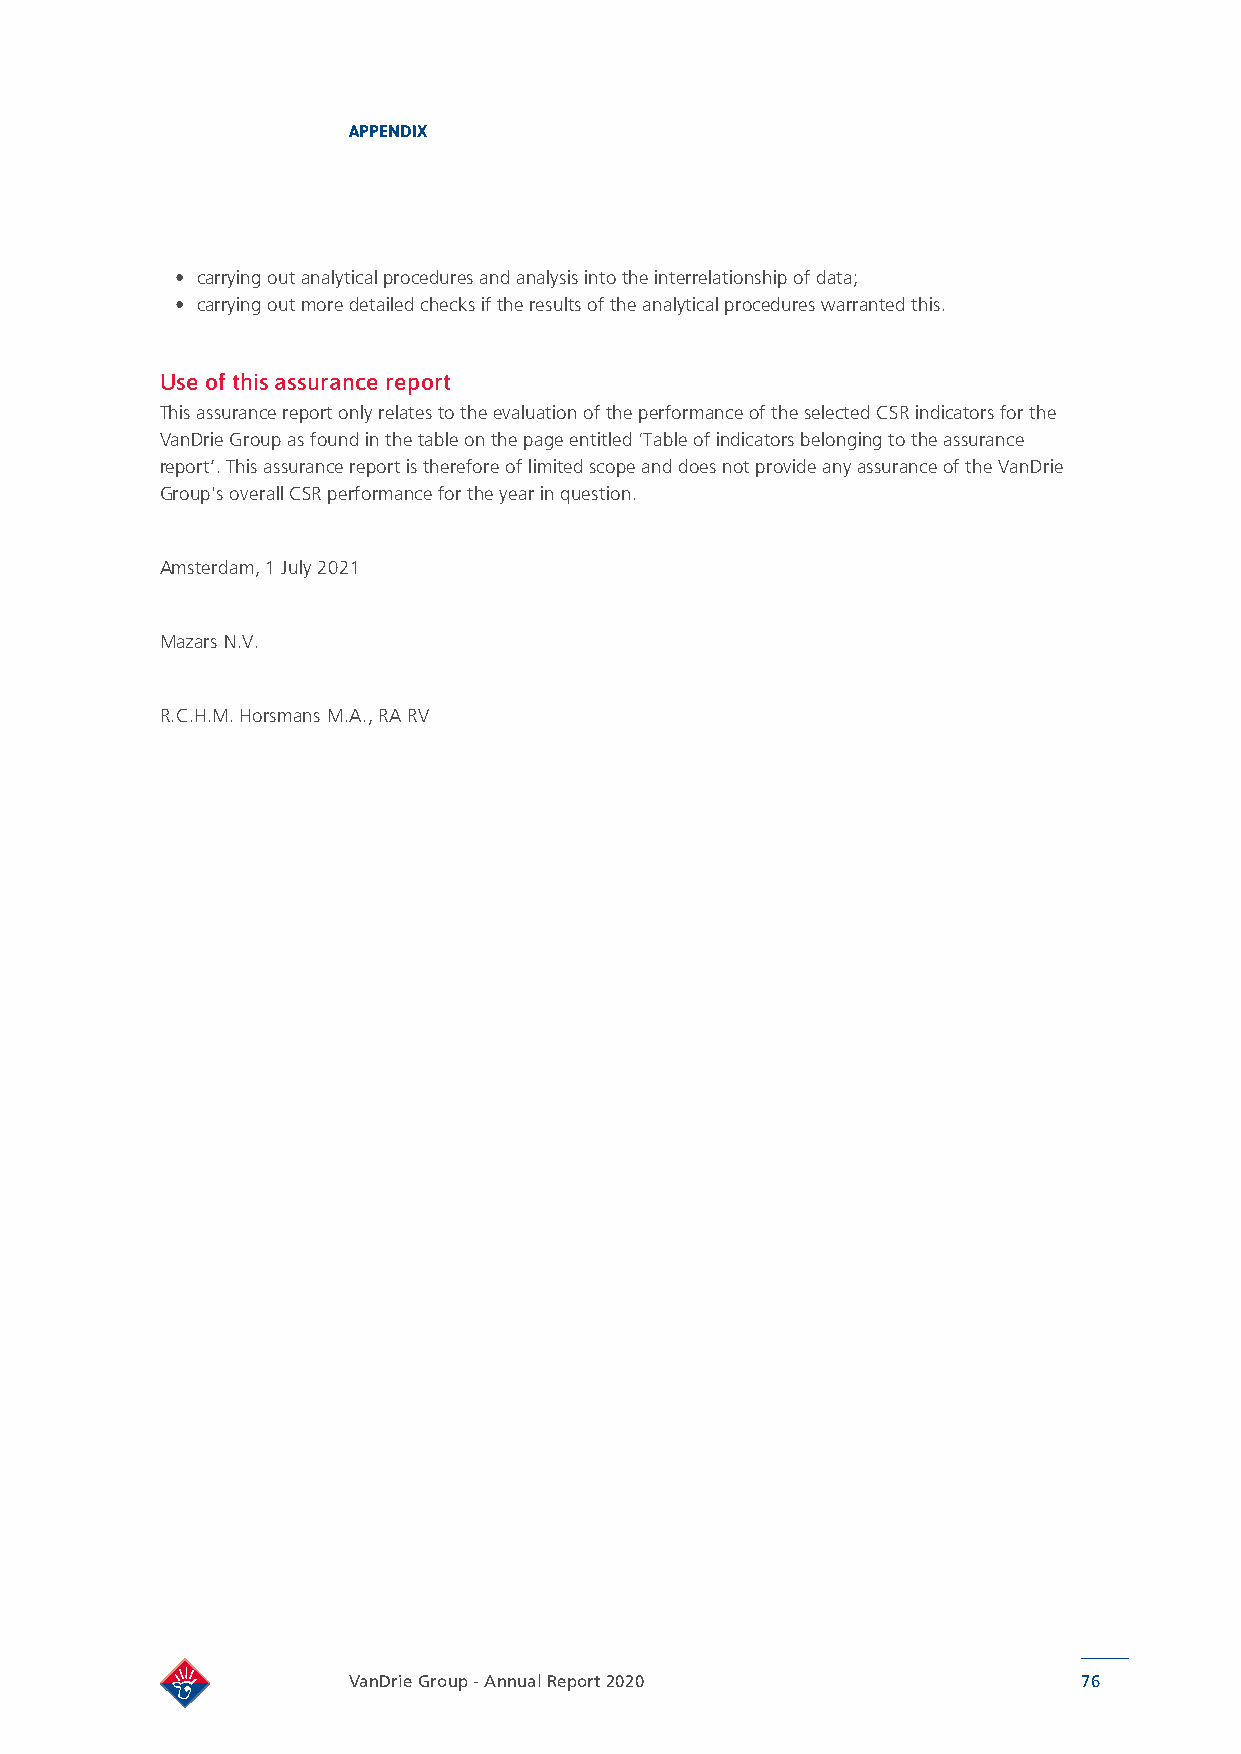
APPENDIX
 • carrying out analytical procedures and analysis into the interrelationship of data;
 • carrying out more detailed checks if the results of the analytical procedures warranted this.
 Use of this assurance report
 This assurance report only relates to the evaluation of the performance of the selected CSR indicators for the
 VanDrie Group as found in the table on the page entitled ‘Table of indicators belonging to the assurance
 report’. This assurance report is therefore of limited scope and does not provide any assurance of the VanDrie
 Group's overall CSR performance for the year in question.
 Amsterdam, 1 July 2021
 Mazars N.V.
 R.C.H.M. Horsmans M.A., RA RV
 VanDrie Group - Annual Report 2020               76